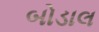
બોડાલ